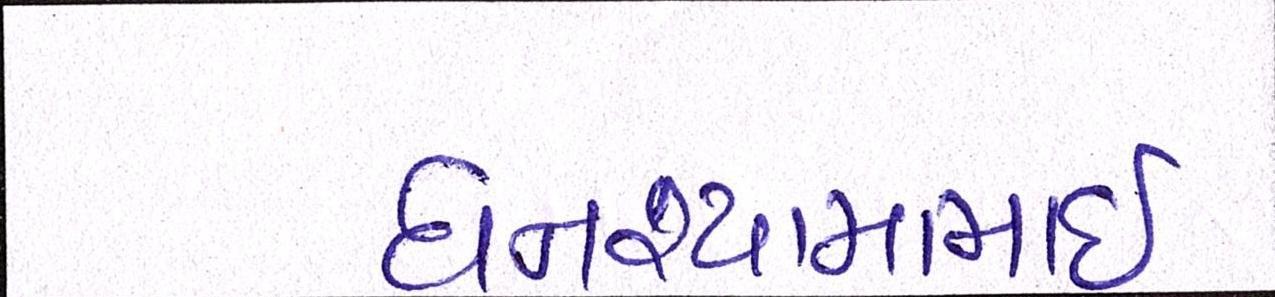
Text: ઘનશ્યામભાઈ